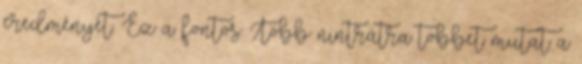
eredményét. Ez a fontos. Több nintrátra többet mutat a